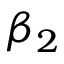
\beta _ { 2 }